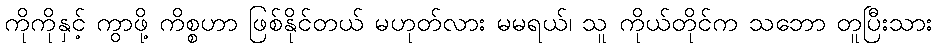
ကိုကိုနှင့် ကွာဖို့ ကိစ္စဟာ ဖြစ်နိုင်တယ် မဟုတ်လား မမရယ်၊ သူ ကိုယ်တိုင်က သဘော တူပြီးသား